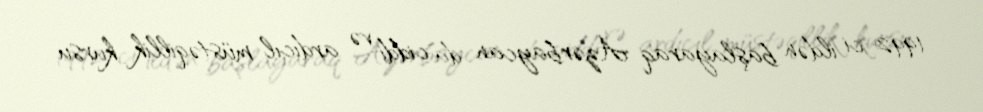
1992-ci ildən başlayaraq Azərbaycan da ciddi və ardıcıl müstəqillik kursu